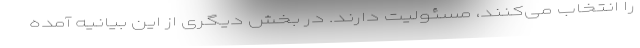
را انتخاب می‌کنند، مسئولیت دارند. در بخش دیگری از این بیانیه آمده